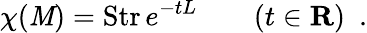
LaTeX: \chi(\mathit{M})=\mathrm{{Str}}\, e^{-tL}\qquad(t\in{\mathbf{R}})\ \ .